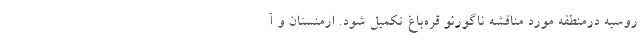
روسیه درمنطقه مورد مناقشه ناگورنو قره‌باغ تکمیل شود. ارمنستان و آ